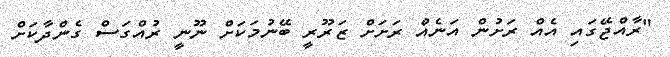
"ރާއްޖޭގައި އެއް ރަށުން އަނެއް ރަށަށް ޒަރޫރީ ބޭނުމަކަށް ނޫނީ ރުއްގަސް ގެންދާކަށް